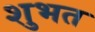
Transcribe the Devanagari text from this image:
शुभत